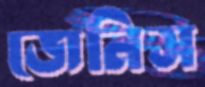
জেনিস